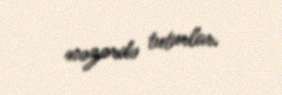
nəzərdə tuturlar.